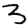
Digit: 3